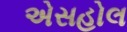
એસહોલ